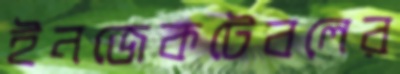
ইনজেকটেবলের